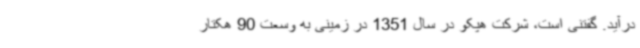
درآید. گفتنی است، شرکت هپکو در سال 1351 در زمینی به وسعت 90 هکتار